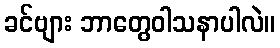
ခင်ဗျား ဘာတွေဝါသနာပါလဲ။